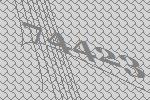
74423